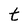
Character: t